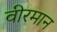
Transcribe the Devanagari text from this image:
वीरमान